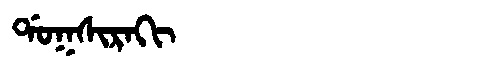
Manchu: ᡩᠣᡴᠰᡳᡵᠠᡴᡳ
Romanization: DOKSIRAKI